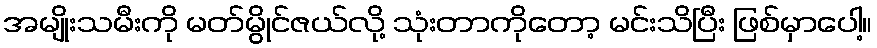
အမျိုးသမီးကို မတ်မွိုင်ဇယ်လို့ သုံးတာကိုတော့ မင်းသိပြီး ဖြစ်မှာပေါ့။